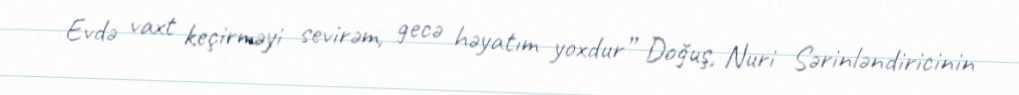
Evdə vaxt keçirməyi sevirəm, gecə həyatım yoxdur” Doğuş, Nuri Sərinləndiricinin